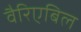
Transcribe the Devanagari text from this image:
वैरिएबिल